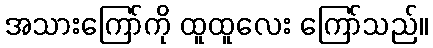
အသားကြော်ကို ထူထူလေး ကြော်သည်။